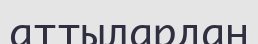
аттылардан